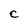
Character: C